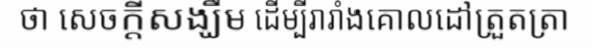
ថា សេចក្តីសង្ឃឹម ដើម្បីរារាំងគោលដៅត្រួតត្រា